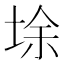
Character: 𡌘